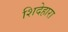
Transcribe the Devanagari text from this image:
शिदेहारा